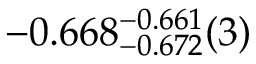
- 0 . 6 6 8 _ { - 0 . 6 7 2 } ^ { - 0 . 6 6 1 } ( 3 )